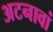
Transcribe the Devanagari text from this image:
अटनावां